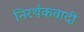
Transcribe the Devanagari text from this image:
निरर्थकवादी